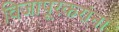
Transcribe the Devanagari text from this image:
विजापूरकरांना